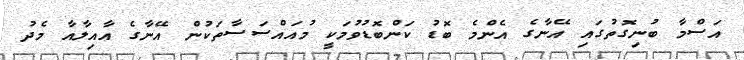
އަސްމާ ބުނިގޮތުގައި އޭނާގެ އެންމެ ބޮޑު ކަންބޮޑުވުމަކީ މުއައްސަސާތަކުން އޭނާގެ އާއިލާއާ މެދު